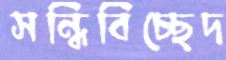
সন্ধিবিচ্ছেদ